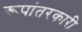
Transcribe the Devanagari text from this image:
रूपांतरकारी